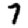
Digit: 7